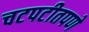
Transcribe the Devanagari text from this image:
चटपटीतपणे